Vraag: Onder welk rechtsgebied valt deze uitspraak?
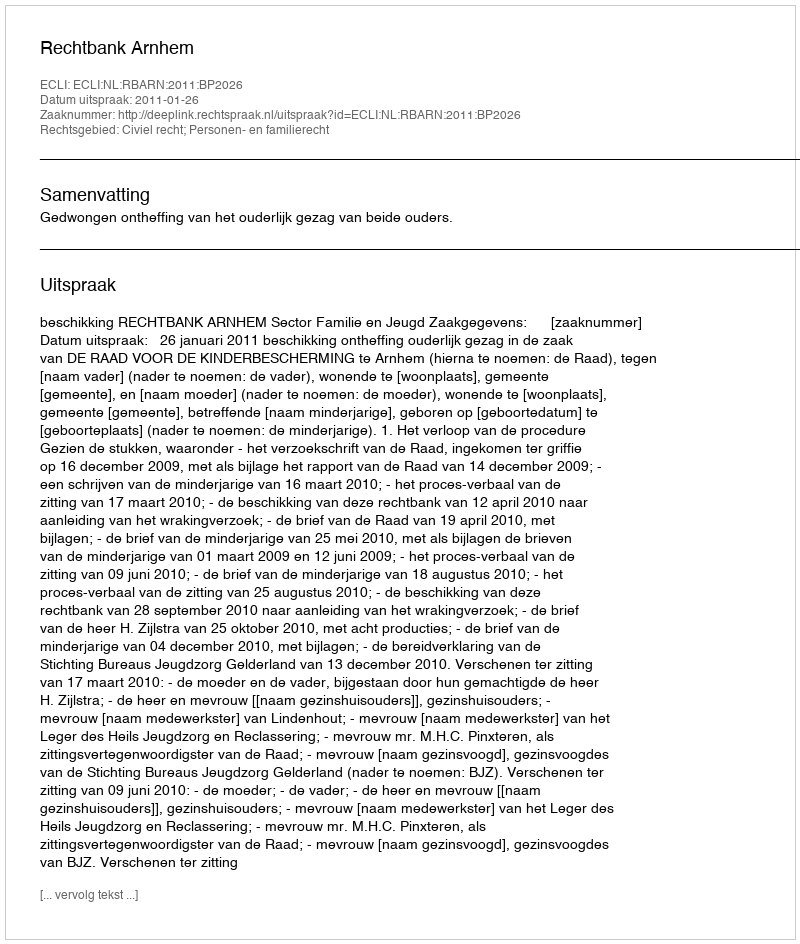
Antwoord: Civiel recht; Personen- en familierecht